Report of an investigation into the causes of malaria in Bombay and the measures necessary for its control
Disease focus: Malaria
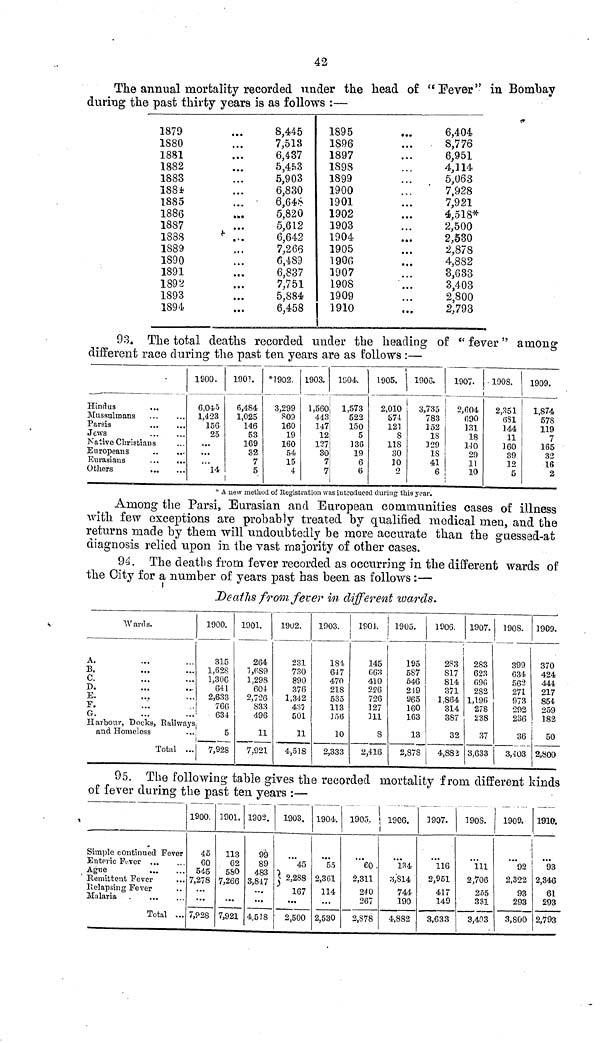
42
The annual mortality recorded under the head of "Fever" in Bombay
during the past thirty years is as follows :—
1879
1S80
1881
1882
1883
188*
1885
1886
1887
1888
1889
1890
1891
1892
1893
1894
8,445
7,513
6,437
6,4*3
5,903
6,830
6,648
5,820
5,612
6,642
7,266
6,489
6,837
7,751
5,884
6,458
1895
1S96
1897
1898
1899
1900
1901
1902
1903
1904
1905
1906
1907
1908
1909
1910
6,404
8,776
6,951
4,114
5,063
7,928
7,9 SI
4,518*
2,500
2,530
2,878
4,882
3,633
3,403
2,800
2,793
93. The total deaths recorded under the heading of tc fever " among
different race during the past ten years are as follows :—
Hindus
Mussulmans
Parsis
Jews
Native Christians
Europeans
Eurasians
Others
1900.
6,045
1,423
156
25
...
14
1901.
6,484
1,025
146
53
169
32
7
5
*1902.
3,299
160
19
160
54
15
4
1903.
1,560
443
147
12
127
30
7
7
1Î5O4.
1,573
522
150
5
136
19
6
6
1905.
2,010
E>74
121
S
us 30
10
2
1900.
3,735
783
152
18
329
IS
41
6
1907.
2,604
690
131
18
1J0
29
11
10
190S.
2,351
(5S1
144
11
160
39
12
5
1909.
1,874
57S
119
7
165
32
16
2
* À new method of Begistration was introduced during this year.
Among the Parsi, Eurasian and European communities cases of illness
with, few exceptions are probably treated by qualified medical men, and the
returns made by them will undoubtedly be more accurate than the gaessed-at
diagnosis relied upon in the vast majority of other cases.
94. The deaths from fever recorded as occurring in the different wards of
the City for a number of years past bas been as follows :—
De aths from fever in different wards.
Wards.
A.
B.
C.
D.
E.
F.
G.
Harbour-, Docks, Bailways
and Homeless
Total ...
1900.
315
1,628
1,306
641
2,633
766
634
5
7,928
1901.
264
T,fiS9
1,298
604
2,720
833
496
11
7,921
1902.
231
730
890
370
1,342
437
501
11
4,518
1903.
181-
647
470
21S
535
113
JÖ6
10
2,333
ISO!.
145
063
410
226
726
127
HI
8
2,416
1905.
195
5S7
646
219
965
160
163
13
2,878
1906.
i
283
S17
814
371
1,864
314
3S7
32
4,883
1907.
283
623
096
282
1,190
278
238
37
3,633
190S.
399
034
56-3
271
973
292
236
36
3,-103
1909.
370
424
444
217
854
259
1 182
50
2,800
95. The following table gives the recorded mortality from different kinds
of fever during the past ten years :—
Simple continued Fever
Enteric IVver
Ague
Remittent Fever
Iielapsing Fever
Malaria
Total ...
1900.
45
60
545
7,278
...
7,P2S
1901.
113
62
580
7,266
7,921
1302.
99
89
483
3,817
4.518
1903.
45
| 2,288
167
2,500
1904.
55
2,361
114
2,530
1903.
60
2,311
240
267
2,S78
1900.
134
3,S14
744
190
4,882
3907.
116
2,951
417
149
3,633
190S.
Ill
2,706
255
331
3,403
1909.
02
2,322
93
293
3,800
1910.
93
2,346
61
293
2,793